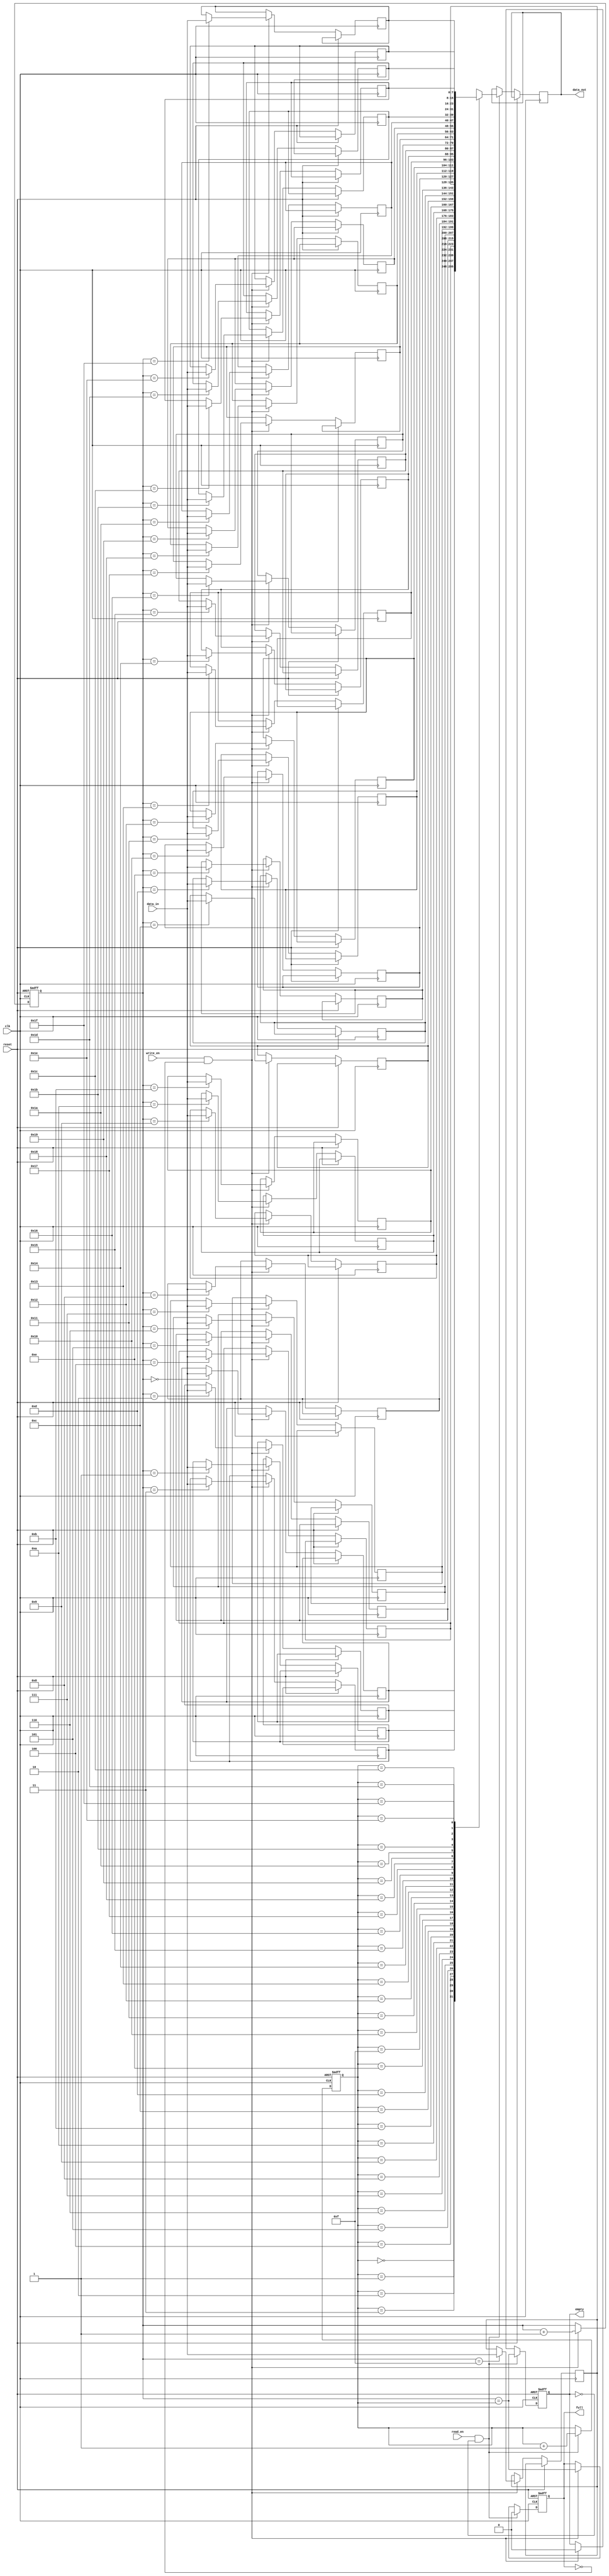
module fifo(
    input wire clk,
    input wire reset,
    input wire read_en,
    input wire write_en,
    input wire [7:0] data_in,
    output reg [7:0] data_out,
    output reg empty,
    output reg full
);

reg [7:0] mem [31:0];
reg [4:0] read_ptr;
reg [4:0] write_ptr;

always @(posedge clk or posedge reset) begin
    if (reset) begin
        read_ptr <= 5'b0;
        write_ptr <= 5'b0;
        empty <= 1'b1;
        full <= 1'b0;
    end else begin
        if (write_en && !full) begin
            mem[write_ptr] <= data_in;
            write_ptr <= write_ptr + 1;
            full <= (write_ptr == read_ptr);
            empty <= 0;
        end
        if (read_en && !empty) begin
            data_out <= mem[read_ptr];
            read_ptr <= read_ptr + 1;
            empty <= (write_ptr == read_ptr);
            full <= 0;
        end
    end
end

endmodule